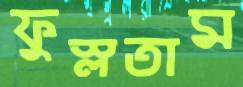
ফুস্‌লতাম